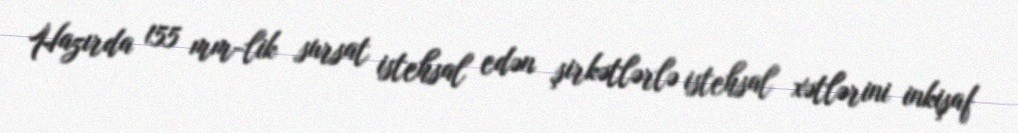
Hazırda 155 mm-lik sursat istehsal edən şirkətlərlə istehsal xətlərini inkişaf